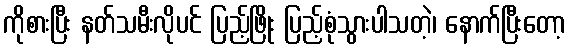
ကိုစားပြီး နတ်သမီးလိုပင် ပြည့်ဖြိုး ပြည့်စုံသွားပါသတဲ့၊ နောက်ပြီးတော့